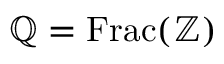
\mathbb { Q } = \operatorname { F r a c } ( \mathbb { Z } )